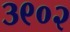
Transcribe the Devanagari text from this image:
३९०२